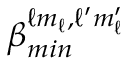
\beta _ { m i n } ^ { \ell m _ { \ell } , \ell ^ { \prime } m _ { \ell } ^ { \prime } }